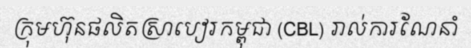
ក្រុមហ៊ុនផលិតស្រាបៀរកម្ពុជា (CBL) រាល់ការណែនាំ